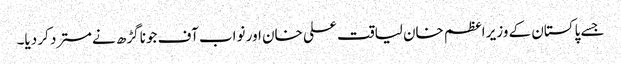
جسے پاکستان کے وزیر اعظم خان لیاقت علی خان اور نواب آف جونا گڑھ نےمسترد کر دیا۔